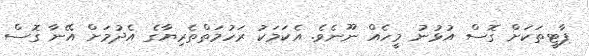
ޕާޓީތަކަށް ގޮސް އުޅުނު މީހެއް ނޫނެވެ. އެކަމަކު ރަހުމަތްތެރިޔާގެ އެދުމަށް އޭނާ ގޮސް